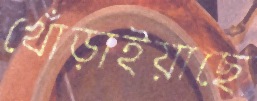
খোঁড়াইয়াছে